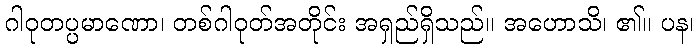
ဂါဝုတပ္ပမာဏော၊ တစ်ဂါဝုတ်အတိုင်း အရှည်ရှိသည်။ အဟောသိ၊ ၏။ ပန၊